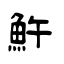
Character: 𩵱